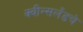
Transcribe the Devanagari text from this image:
क्वीन्सलँडचे